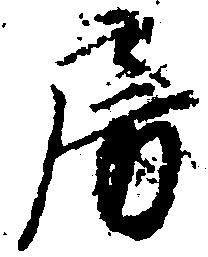
房